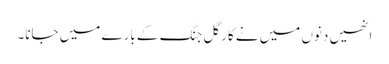
انھیں دنوں میں نے کارگل جنگ کے بارے میں جانا۔